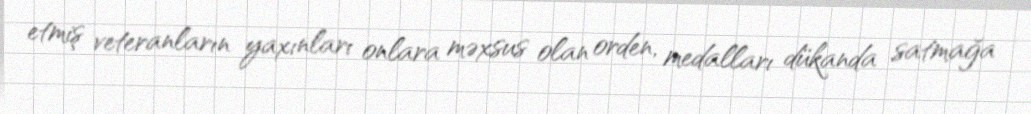
etmiş veteranların yaxınları onlara məxsus olan orden, medalları dükanda satmağa